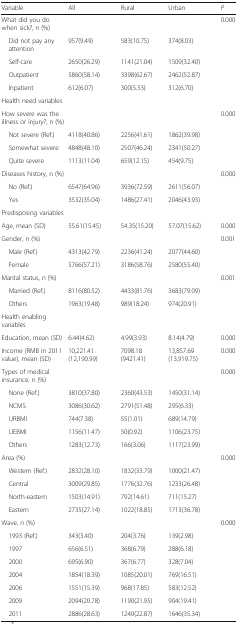
<table><thead><tr><td><b>Variable</b></td><td><b>All</b></td><td><b>Rural</b></td><td><b>Urban</b></td><td><b><i>P</i></b></td></tr></thead><tbody><tr><td colspan="4">What did you do when sick?, n (%)</td><td>0.000</td></tr><tr><td> Did not pay any attention</td><td>957(9.49)</td><td>583(10.75)</td><td>374(8.03)</td><td></td></tr><tr><td> Self-care</td><td>2650(26.29)</td><td>1141(21.04)</td><td>1509(32.40)</td><td></td></tr><tr><td> Outpatient</td><td>5860(58.14)</td><td>3398(62.67)</td><td>2462(52.87)</td><td></td></tr><tr><td> Inpatient</td><td>612(6.07)</td><td>300(5.53)</td><td>312(6.70)</td><td></td></tr><tr><td colspan="5">Health need variables</td></tr><tr><td colspan="4">How severe was the illness or injury?, n (%)</td><td>0.000</td></tr><tr><td> Not severe (Ref.)</td><td>4118(40.86)</td><td>2256(41.61)</td><td>1862(39.98)</td><td></td></tr><tr><td> Somewhat severe</td><td>4848(48.10)</td><td>2507(46.24)</td><td>2341(50.27)</td><td></td></tr><tr><td> Quite severe</td><td>1113(11.04)</td><td>659(12.15)</td><td>454(9.75)</td><td></td></tr><tr><td colspan="4">Diseases history, n (%)</td><td>0.000</td></tr><tr><td> No (Ref.)</td><td>6547(64.96)</td><td>3936(72.59)</td><td>2611(56.07)</td><td></td></tr><tr><td> Yes</td><td>3532(35.04)</td><td>1486(27.41)</td><td>2046(43.93)</td><td></td></tr><tr><td colspan="5">Predisposing variables</td></tr><tr><td>Age, mean (SD)</td><td>55.61(15.45)</td><td>54.35(15.20)</td><td>57.07(15.62)</td><td>0.000</td></tr><tr><td colspan="4">Gender, n (%)</td><td>0.001</td></tr><tr><td> Male (Ref.)</td><td>4313(42.79)</td><td>2236(41.24)</td><td>2077(44.60)</td><td></td></tr><tr><td> Female</td><td>5766(57.21)</td><td>3186(58.76)</td><td>2580(55.40)</td><td></td></tr><tr><td colspan="4">Marital status, n (%)</td><td>0.001</td></tr><tr><td> Married (Ref.)</td><td>8116(80.52)</td><td>4433(81.76)</td><td>3683(79.09)</td><td></td></tr><tr><td> Others</td><td>1963(19.48)</td><td>989(18.24)</td><td>974(20.91)</td><td></td></tr><tr><td colspan="5">Health enabling variables</td></tr><tr><td>Education, mean (SD)</td><td>6.44(4.62)</td><td>4.99(3.93)</td><td>8.14(4.79)</td><td>0.000</td></tr><tr><td>Income (RMB in 2011 value), mean (SD)</td><td>10,221.41 (12,190.99)</td><td>7098.18 (9421.41)</td><td>13,857.69 (13,919.75)</td><td>0.000</td></tr><tr><td colspan="4">Types of medical insurance, n (%)</td><td>0.000</td></tr><tr><td> None (Ref.)</td><td>3810(37.80)</td><td>2360(43.53)</td><td>1450(31.14)</td><td></td></tr><tr><td> NCMS</td><td>3086(30.62)</td><td>2791(51.48)</td><td>295(6.33)</td><td></td></tr><tr><td> URBMI</td><td>744(7.38)</td><td>55(1.01)</td><td>689(14.79)</td><td></td></tr><tr><td> UEBMI</td><td>1156(11.47)</td><td>50(0.92)</td><td>1106(23.75)</td><td></td></tr><tr><td> Others</td><td>1283(12.73)</td><td>166(3.06)</td><td>1117(23.99)</td><td></td></tr><tr><td colspan="4">Area (%)</td><td>0.000</td></tr><tr><td> Western (Ref.)</td><td>2832(28.10)</td><td>1832(33.79)</td><td>1000(21.47)</td><td></td></tr><tr><td> Central</td><td>3009(29.85)</td><td>1776(32.76)</td><td>1233(26.48)</td><td></td></tr><tr><td> North-eastern</td><td>1503(14.91)</td><td>792(14.61)</td><td>711(15.27)</td><td></td></tr><tr><td> Eastern</td><td>2735(27.14)</td><td>1022(18.85)</td><td>1713(36.78)</td><td></td></tr><tr><td colspan="4">Wave, n (%)</td><td>0.000</td></tr><tr><td> 1993 (Ref.)</td><td>343(3.40)</td><td>204(3.76)</td><td>139(2.98)</td><td></td></tr><tr><td> 1997</td><td>656(6.51)</td><td>368(6.79)</td><td>288(6.18)</td><td></td></tr><tr><td> 2000</td><td>695(6.90)</td><td>367(6.77)</td><td>328(7.04)</td><td></td></tr><tr><td> 2004</td><td>1854(18.39)</td><td>1085(20.01)</td><td>769(16.51)</td><td></td></tr><tr><td> 2006</td><td>1551(15.39)</td><td>968(17.85)</td><td>583(12.52)</td><td></td></tr><tr><td> 2009</td><td>2094(20.78)</td><td>1190(21.95)</td><td>904(19.41)</td><td></td></tr><tr><td> 2011</td><td>2886(28.63)</td><td>1240(22.87)</td><td>1646(35.34)</td><td></td></tr></tbody></table>